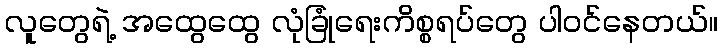
လူတွေရဲ့ အထွေထွေ လုံခြုံရေးကိစ္စရပ်တွေ ပါဝင်နေတယ်။